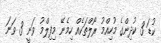
ކުޑަ 3 ކުދިންގެ މުހިއްމު ރޯލްތަކެއް ހިމެނޭ މިފިލްމު ވަނީ 3 ވަނަ